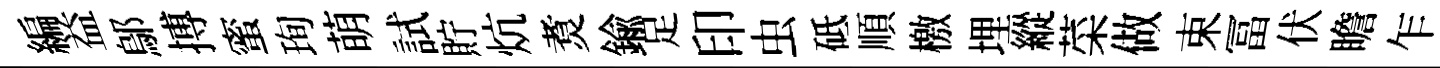
編益鄔搏蜜珣萌試貯炕煑鍮足印虫砥順檄埋縱菜做束冨伏瞻乍